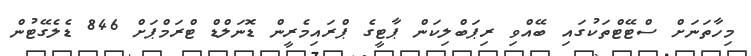
މިހާތަނަށް ސްޓޭޓްތަކުގައި ބޭއްވި ރިޕަބްލިކަން ޕާޓީގެ ޕްރައިމެރީން ޑޮނަލްޑް ޓްރަމްޕަށް 846 ޑެލެގޭޓުން